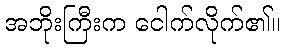
အဘိုးကြီးက ငေါက်လိုက်၏။